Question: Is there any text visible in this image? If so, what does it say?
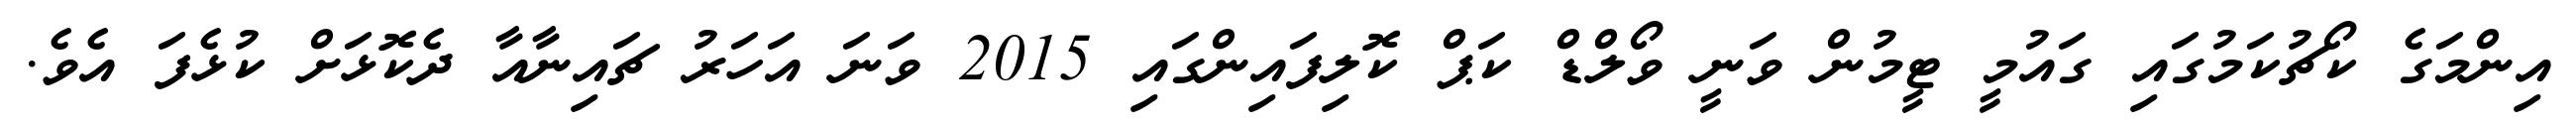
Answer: އިންމަގެ ކޯޗުކަމުގައި ގައުމީ ޓީމުން ވަނީ ވޯލްޑް ކަޕް ކޮލިފައިންގައި 2015 ވަނަ އަހަރު ޗައިނާއާ ދެކޮޅަށް ކުޅެފަ އެވެ.